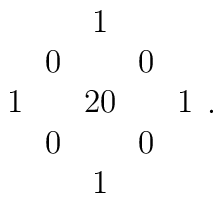
\begin{array}{c c c c c}  &   & 1   &  & \\  & 0\! &      &\! 0& \\1\! &\!   & 20 & \! &\! 1\\  & 0\! &      &\! 0&  \\  &   &1    &  & \end{array}  .